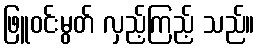
ဖြူဝင်းမွတ် လှည့်ကြည့် သည်။